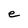
Character: e